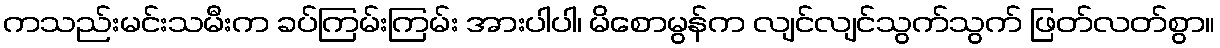
ကသည်းမင်းသမီးက ခပ်ကြမ်းကြမ်း အားပါပါ၊ မိစောမွန်က လျင်လျင်သွက်သွက် ဖြတ်လတ်စွာ။